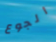
الجوع